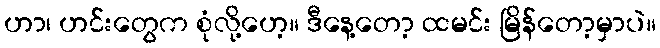
ဟာ၊ ဟင်းတွေက စုံလို့ဟေ့။ ဒီနေ့တော့ ထမင်း မြိန်တော့မှာပဲ။